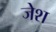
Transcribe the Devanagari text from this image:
जेश